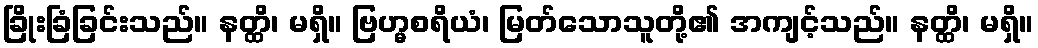
ခြိုးခြံခြင်းသည်။ နတ္ထိ၊ မရှိ။ ဗြဟ္မစရိယံ၊ မြတ်သောသူတို့၏ အကျင့်သည်။ နတ္ထိ၊ မရှိ။